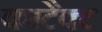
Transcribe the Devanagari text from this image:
काटैक्ट